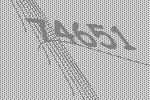
74651